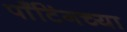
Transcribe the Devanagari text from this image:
पाँटिंगच्या